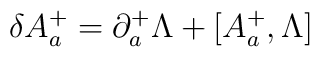
\delta A^+_a = \partial^+_a\Lambda + [A^+_a,\Lambda]